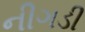
નીગડી